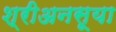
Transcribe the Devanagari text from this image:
श्रीअनसूया